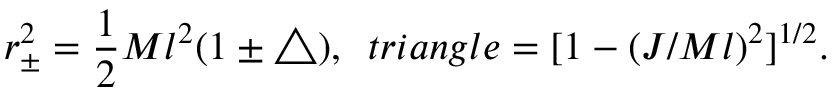
r _ { \pm } ^ { 2 } = \frac { 1 } { 2 } M l ^ { 2 } ( 1 \pm \triangle ) , \ \, t r i a n g l e = [ 1 - ( J / M l ) ^ { 2 } ] ^ { 1 / 2 } .